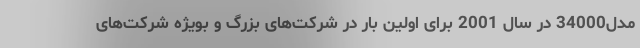
مدل34000 در سال 2001 برای اولین بار در شرکت‌های بزرگ و بویژه شرکت‌های